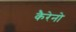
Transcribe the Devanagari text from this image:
कैरेनो